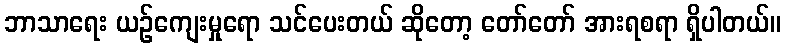
ဘာသာရေး ယဉ်ကျေးမှုရော သင်ပေးတယ် ဆိုတော့ တော်တော် အားရစရာ ရှိပါတယ်။